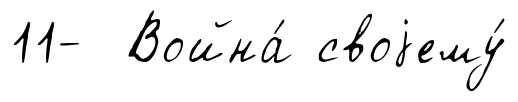
11- Война́ своjему́